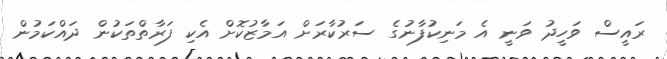
ރައީސް ވަހީދު ވަނީ އެ މަނިކުފާނުގެ ސަރުކާރަށް އަމާޒުކޮށް އެކި ފަރާތްތަކުން ދައްކަމުން